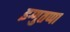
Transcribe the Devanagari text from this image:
इग्गुतप्पा